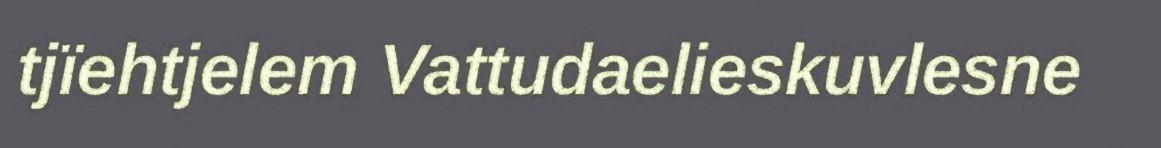
tjïehtjelem Vattudaelieskuvlesne